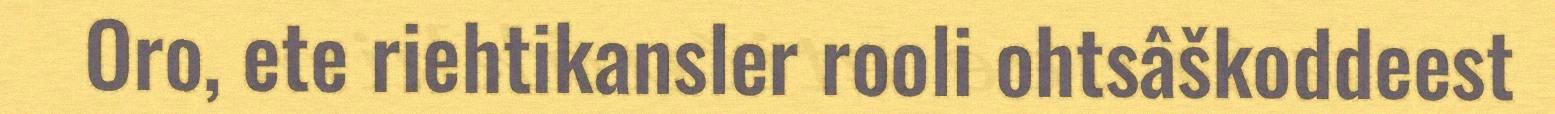
Oro, ete riehtikansler rooli ohtsâškoddeest